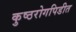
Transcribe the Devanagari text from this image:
कुष्ठरोगपिडीत